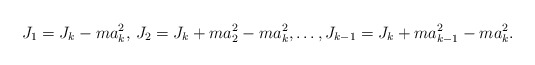
\begin{align*}J_1=J_k-ma_k^2,\, J_2=J_k+ma_2^2-ma_k^2, \dots,J_{k-1}=J_k+ma_{k-1}^2-ma_k^2.\end{align*}